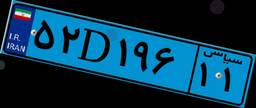
۶۸D۶۰۱۹۰